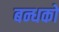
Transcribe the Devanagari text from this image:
बन्धको